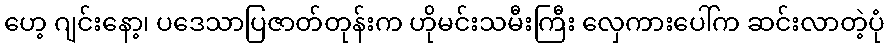
ဟေ့ ဂျင်းနော့၊ ပဒေသာပြဇာတ်တုန်းက ဟိုမင်းသမီးကြီး လှေကားပေါ်က ဆင်းလာတဲ့ပုံ